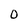
Character: 0